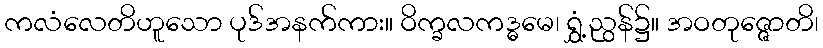
ကလံလေတိဟူသော ပုဒ်အနက်ကား။ ဝိက္ခလကဒ္ဓမေ၊ ရွှံ့ညွန်၌။ အဝတုဇ္ဇောတိ၊